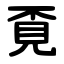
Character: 覔